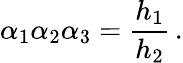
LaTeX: \alpha_{1}\alpha_{2}\alpha_{3}=\frac{h_{1}}{h_{2}}\, .